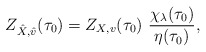
\begin{align*}Z_{\hat X,\hat v}(\tau_0)=Z_{X,v}(\tau_0)\,\,\frac{\chi_{\lambda}(\tau_0)}{\eta(\tau_0)},\end{align*}